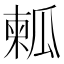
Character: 㼑